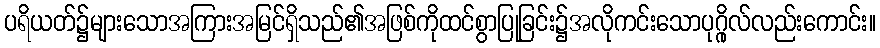
ပရိယတ်၌များသောအကြားအမြင်ရှိသည်၏အဖြစ်ကိုထင်စွာပြုခြင်း၌အလိုကင်းသောပုဂ္ဂိုလ်လည်းကောင်း။